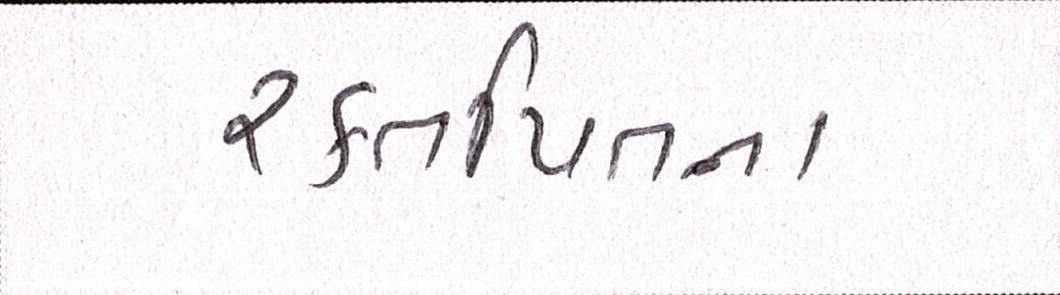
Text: રક્તપિતના